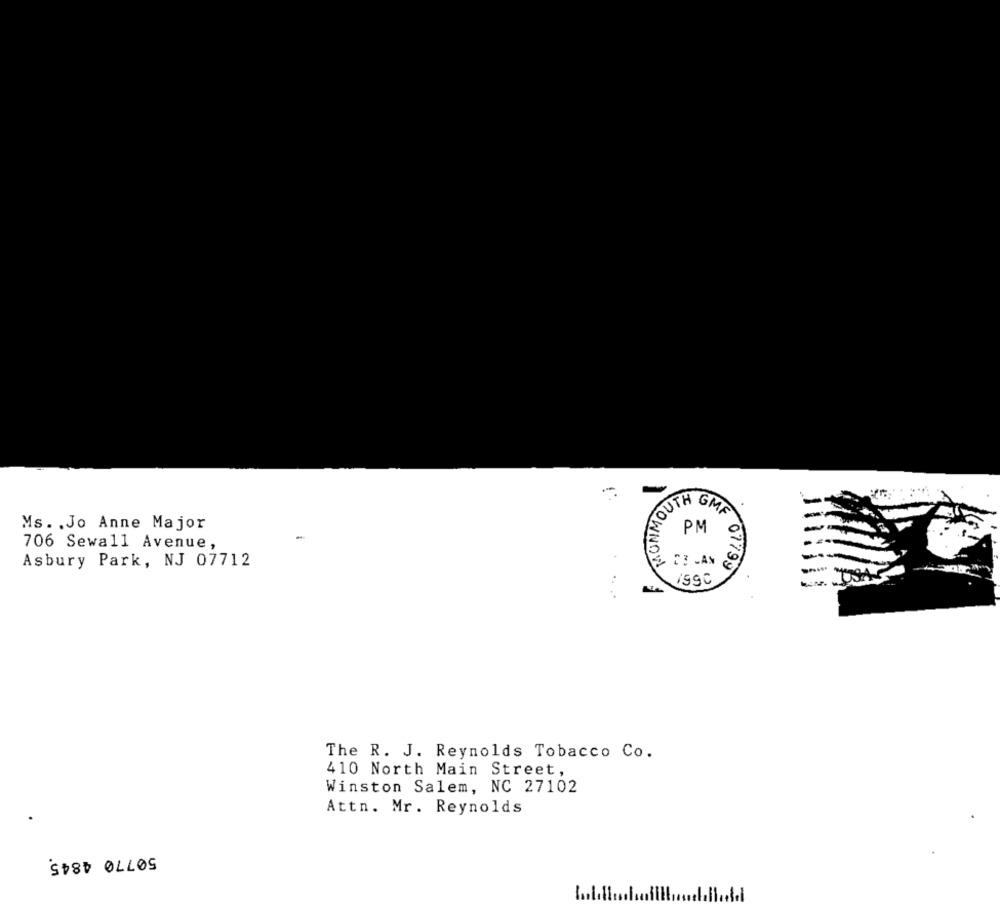
-
MOUTH GMA
.
Ms. . Jo Anne Major
PM
-
706 Sewall Avenue,
NANOWNOW!
Asbury Park, NJ 07712
07799
USA
The R. J. Reynolds Tobacco Co.
410 North Main Street,
Winston Salem, NC 27102
Attn. Mr. Reynolds
50770 4845
1.01